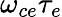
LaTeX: \omega_{ce}\tau_{e}